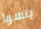
ينسوا